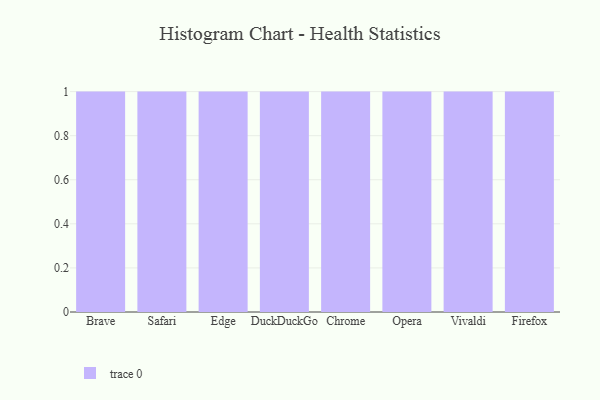
{"axis": {"x": "Browser", "y": "Churn Rate (%)"}, "legend": [""], "data": [{"x": "Brave", "y": 27, "type": ""}, {"x": "Safari", "y": 90, "type": ""}, {"x": "Edge", "y": 67, "type": ""}, {"x": "DuckDuckGo", "y": 3, "type": ""}, {"x": "Chrome", "y": 55, "type": ""}, {"x": "Opera", "y": 33, "type": ""}, {"x": "Vivaldi", "y": 14, "type": ""}, {"x": "Firefox", "y": 23, "type": ""}]}